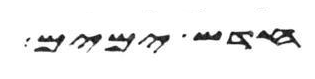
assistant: חדש ימים